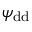
\psi _ { \mathrm { d d } }